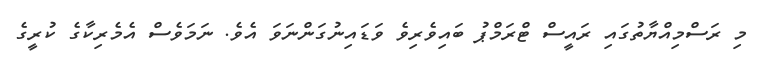
މި ރަސްމިއްޔާތުގައި ރައީސް ޓްރަމްޕު ބައިވެރިވެ ވަޑައިނުގަންނަވަ އެވެ. ނަމަވެސް އެމެރިކާގެ ކުރީގެ